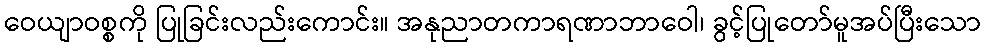
ဝေယျာဝစ္စကို ပြုခြင်းလည်းကောင်း။ အနုညာတကာရဏာဘာဝေါ၊ ခွင့်ပြုတော်မူအပ်ပြီးသော